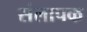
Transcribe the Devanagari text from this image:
संलापक